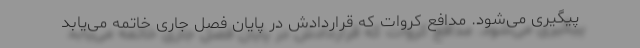
پیگیری می‌شود. مدافع کروات که قراردادش در پایان فصل جاری خاتمه می‌یابد